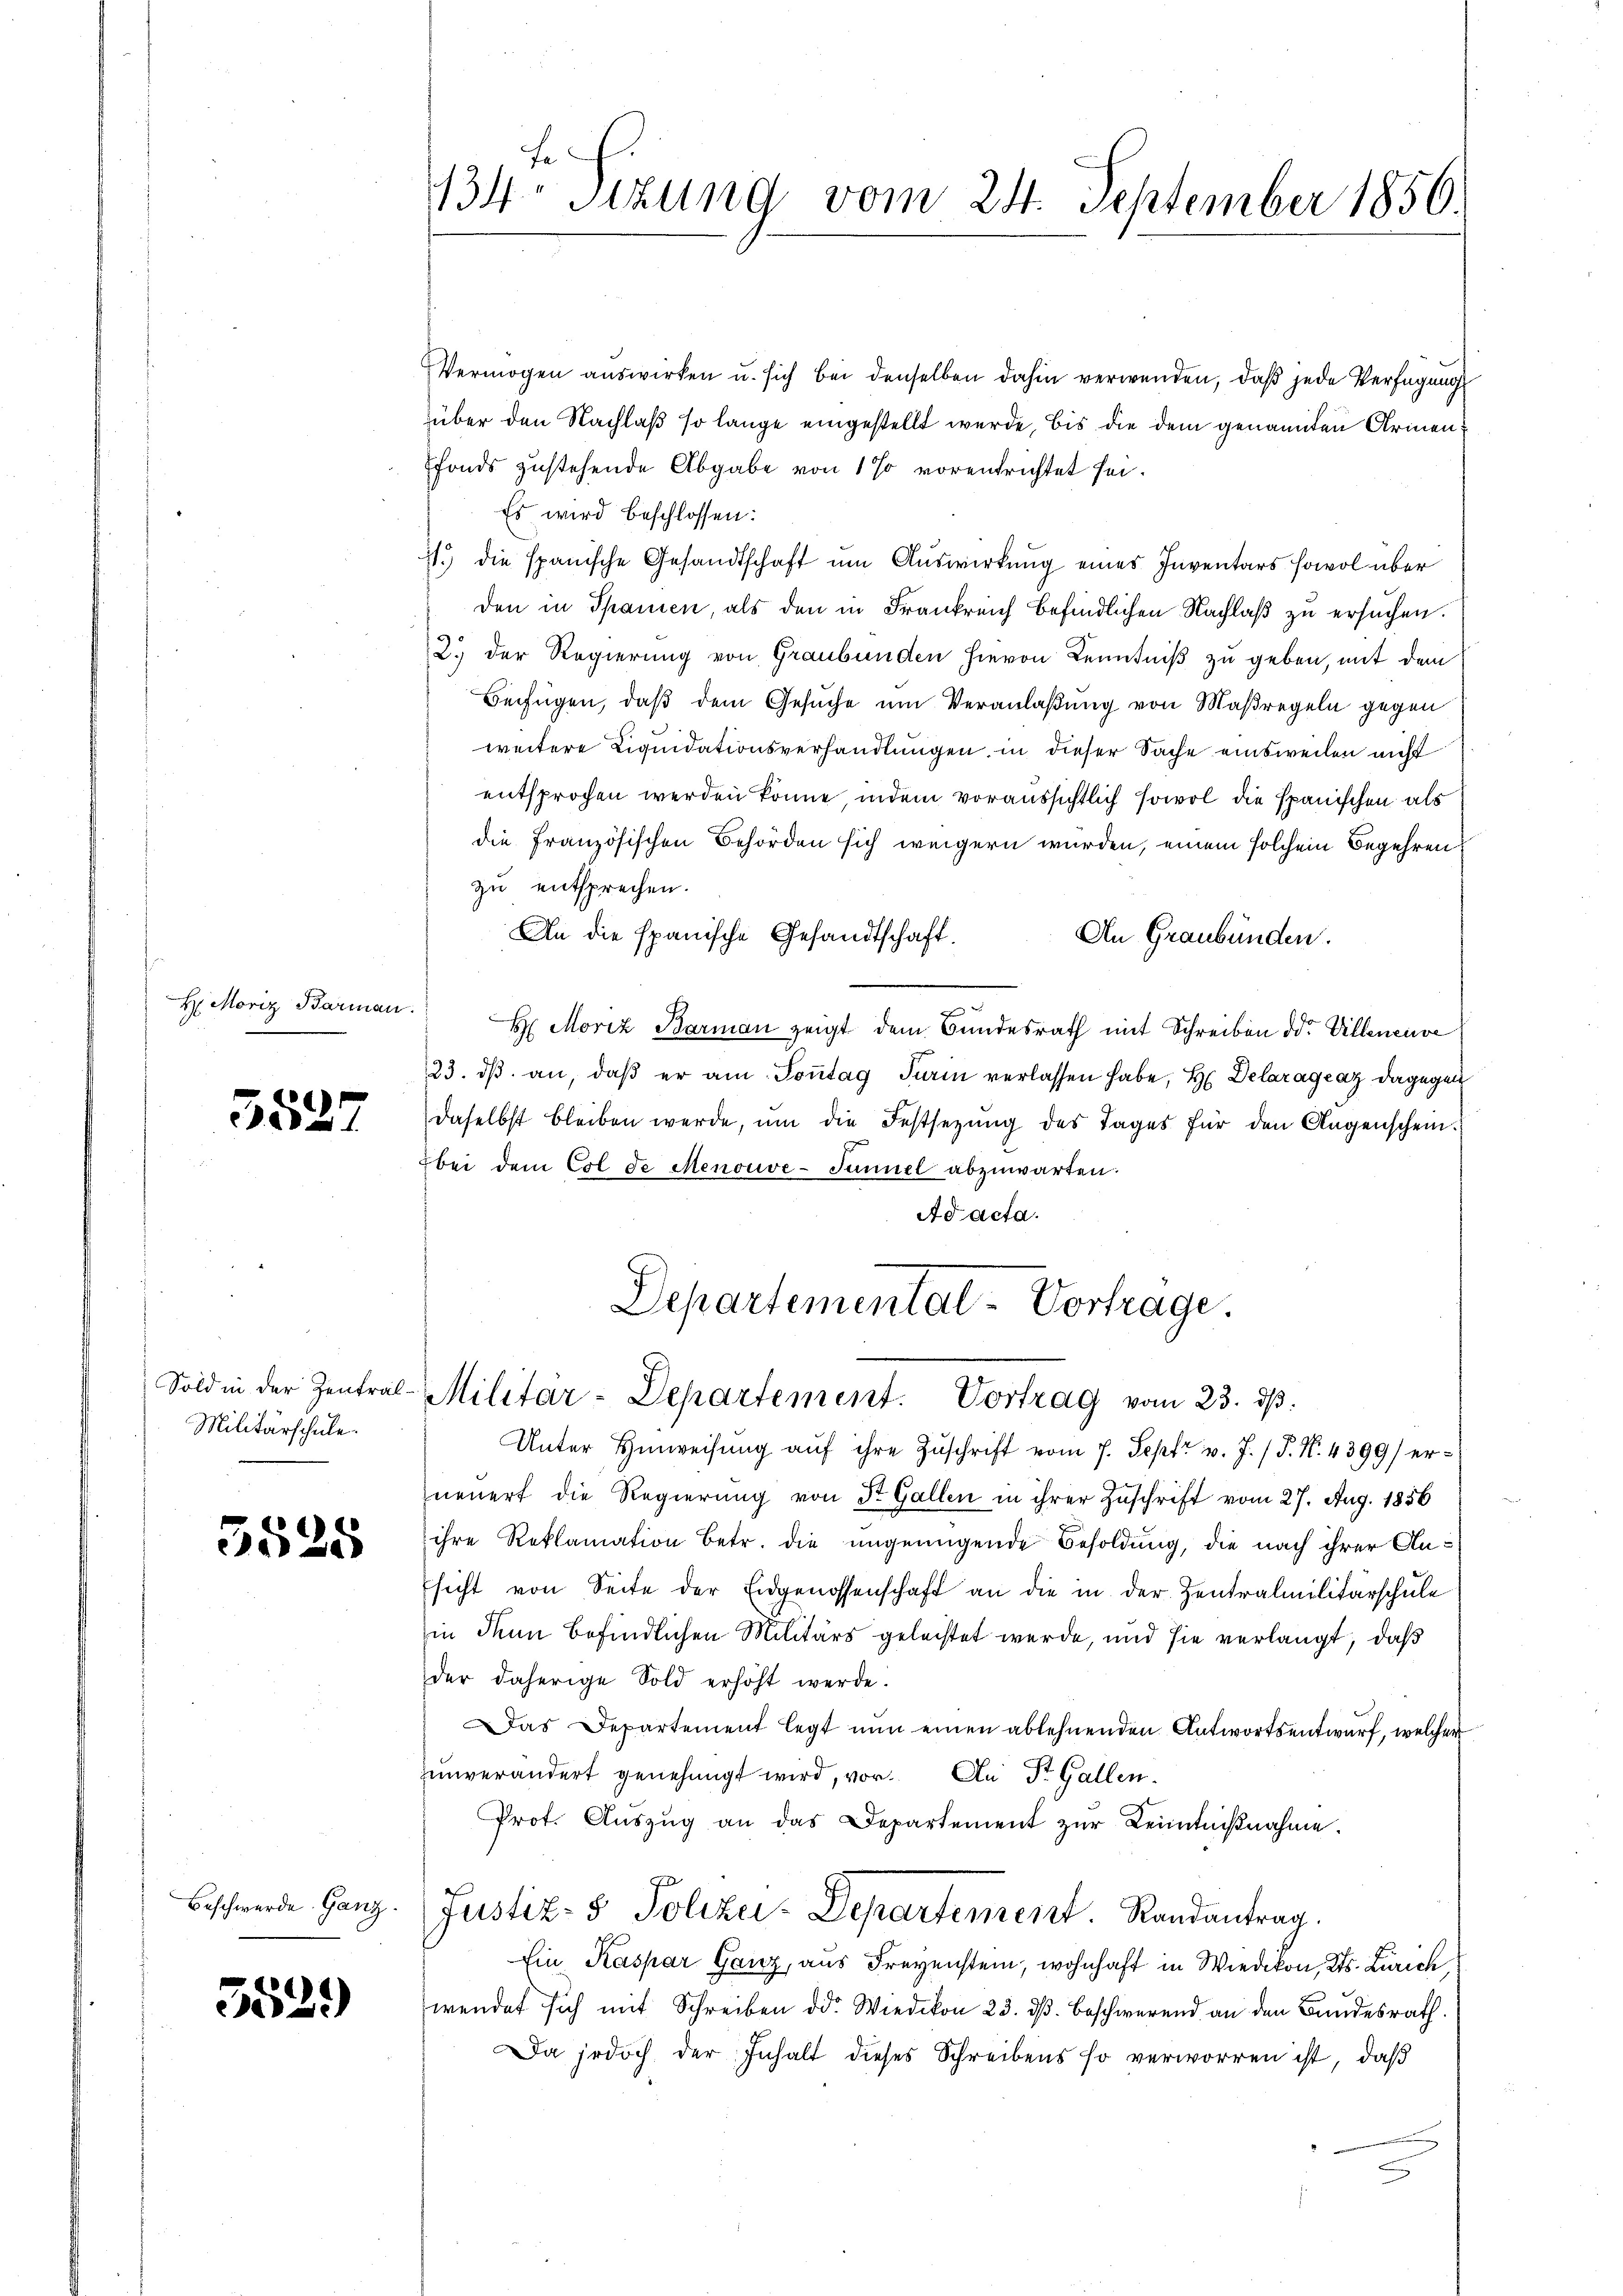
H. Moriz Barmann.

5527

Sold in der Zentral-
Militärschule.

5528

Beschwerde. Ganz

552.)

fe
134. Sitzung vom 24. September 1856

Vermögen auswirken u. sich bei denselben dahin verwenden, daß jede Verfügung
über den Nachlaß so lange eingestellt wurde, bis die dem genannten Armen
fonds zustehende Abgabe von 1% vorentrichtet sei.
Es wird beschlossen:
71.) die spanische Gesandtschaft um Auswirkung eines Inventars sowol über
den in Spanien, als den in Frankreich befindlichen Nachlaß zu ersuchen.
2.) Der Regierung von Graubünden hievon Kenntniß zu geben, mit dem
Beifügen, daß dem Gesuche um Veranlaßung von Maßregeln gegen
weitere Liquidationsverhandlungen, in dieser Sache einsweilen nicht
entsprochen werden könne, indem voraussichtlich sowol die spanischen als
die französischen Behörden sich weigern wurden, einem solchem Begehren
zu entsprechen.
An die spanische Gesandtschaft.
An Graubünden.
H. Moriz Barman zeigt dem Bundesrath mit Schreiben od. Villeneuve
23. dβ an, daβ er am Soṅtag Turin verlassen habe, H. Delaragraz dagegen
daselbst bleiben werde, ŭm die Festsetzŭng des Tages für den Augenschein.
bei dem Col de Menouve-Tunnel abzuwarten.
Ad acta.
Departemental-Vortrage.

Militar-Departement. Vortrag vom 23. dβ.

Unter Hinweisŭng aŭf ihre Zŭschrift vom 7. Sept v. J. P. N. 4399) erneuert die Regierung von St. Gallen in ihrer Zuschrift vom 27. Aug. 1856
ihre Reklamation betr. die ungenügende Besoldung, die nach ihrer Ansicht von Seite der Eidgenossenschaft an die in der Zentralmilitärschule
in denn befindlichen Militärs geleistet werde, und sie verlangt, daß
der daherige Sold erhöht werde.
Das Departement legt nun einen ablehnenden Antwortsentwurf, welcher
zunverändert genehmigt wird, vor. An Dr. Gallen.
Prot. Auszug an das Departement zur Kenntnißnahme.
Justiz- & Polizei-Departement. Randantrag.
Ein Kaspar Ganz, aus Freyenstein, wohnhaft in Wiedikon, Kts. Zürich,
wendet sich mit Schreiben od. Wiedikon 23. dβ beschwerend an den Bundesrath.
Da jedoch der Inhalt dieses Schreibens so verworren ist, daß